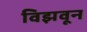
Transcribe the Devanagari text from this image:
विझवून